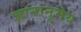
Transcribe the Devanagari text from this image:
ज्ञानानुमेय